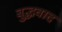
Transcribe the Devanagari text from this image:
बुद्धवाद